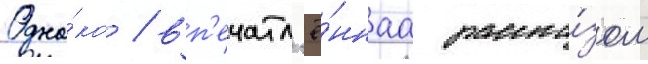
Одна́ко / вп'ечатл'ё́ннаа расска́зом